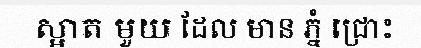
ស្អាត មួយ ដែល មាន ភ្នំ ជ្រោះ